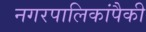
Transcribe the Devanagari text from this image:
नगरपालिकांपैकी